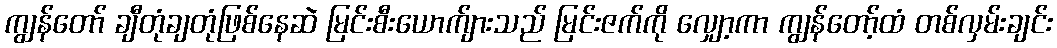
ကျွန်တော် ချီတုံချတုံဖြစ်နေဆဲ မြင်းစီးယောက်ျားသည် မြင်းဇက်ကို လျှော့ကာ ကျွန်တော့်ထံ တစ်လှမ်းချင်း